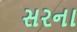
સરના